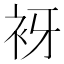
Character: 𧘪